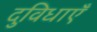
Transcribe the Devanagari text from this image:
दुविधाएँ